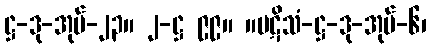
ဋ္ဌ-ဒု-အုပ်-၂၃။ ၂-ဋ္ဌ ၉၉။ ။ပဋိသံ-ဋ္ဌ-ဒု-အုပ်-၆၊